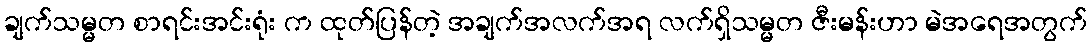
ချက်သမ္မတ စာရင်းအင်းရုံး က ထုတ်ပြန်တဲ့ အချက်အလက်အရ လက်ရှိသမ္မတ ဇီးမန်းဟာ မဲအရေအတွက်